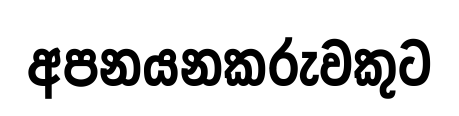
අපනයනකරුවකුට